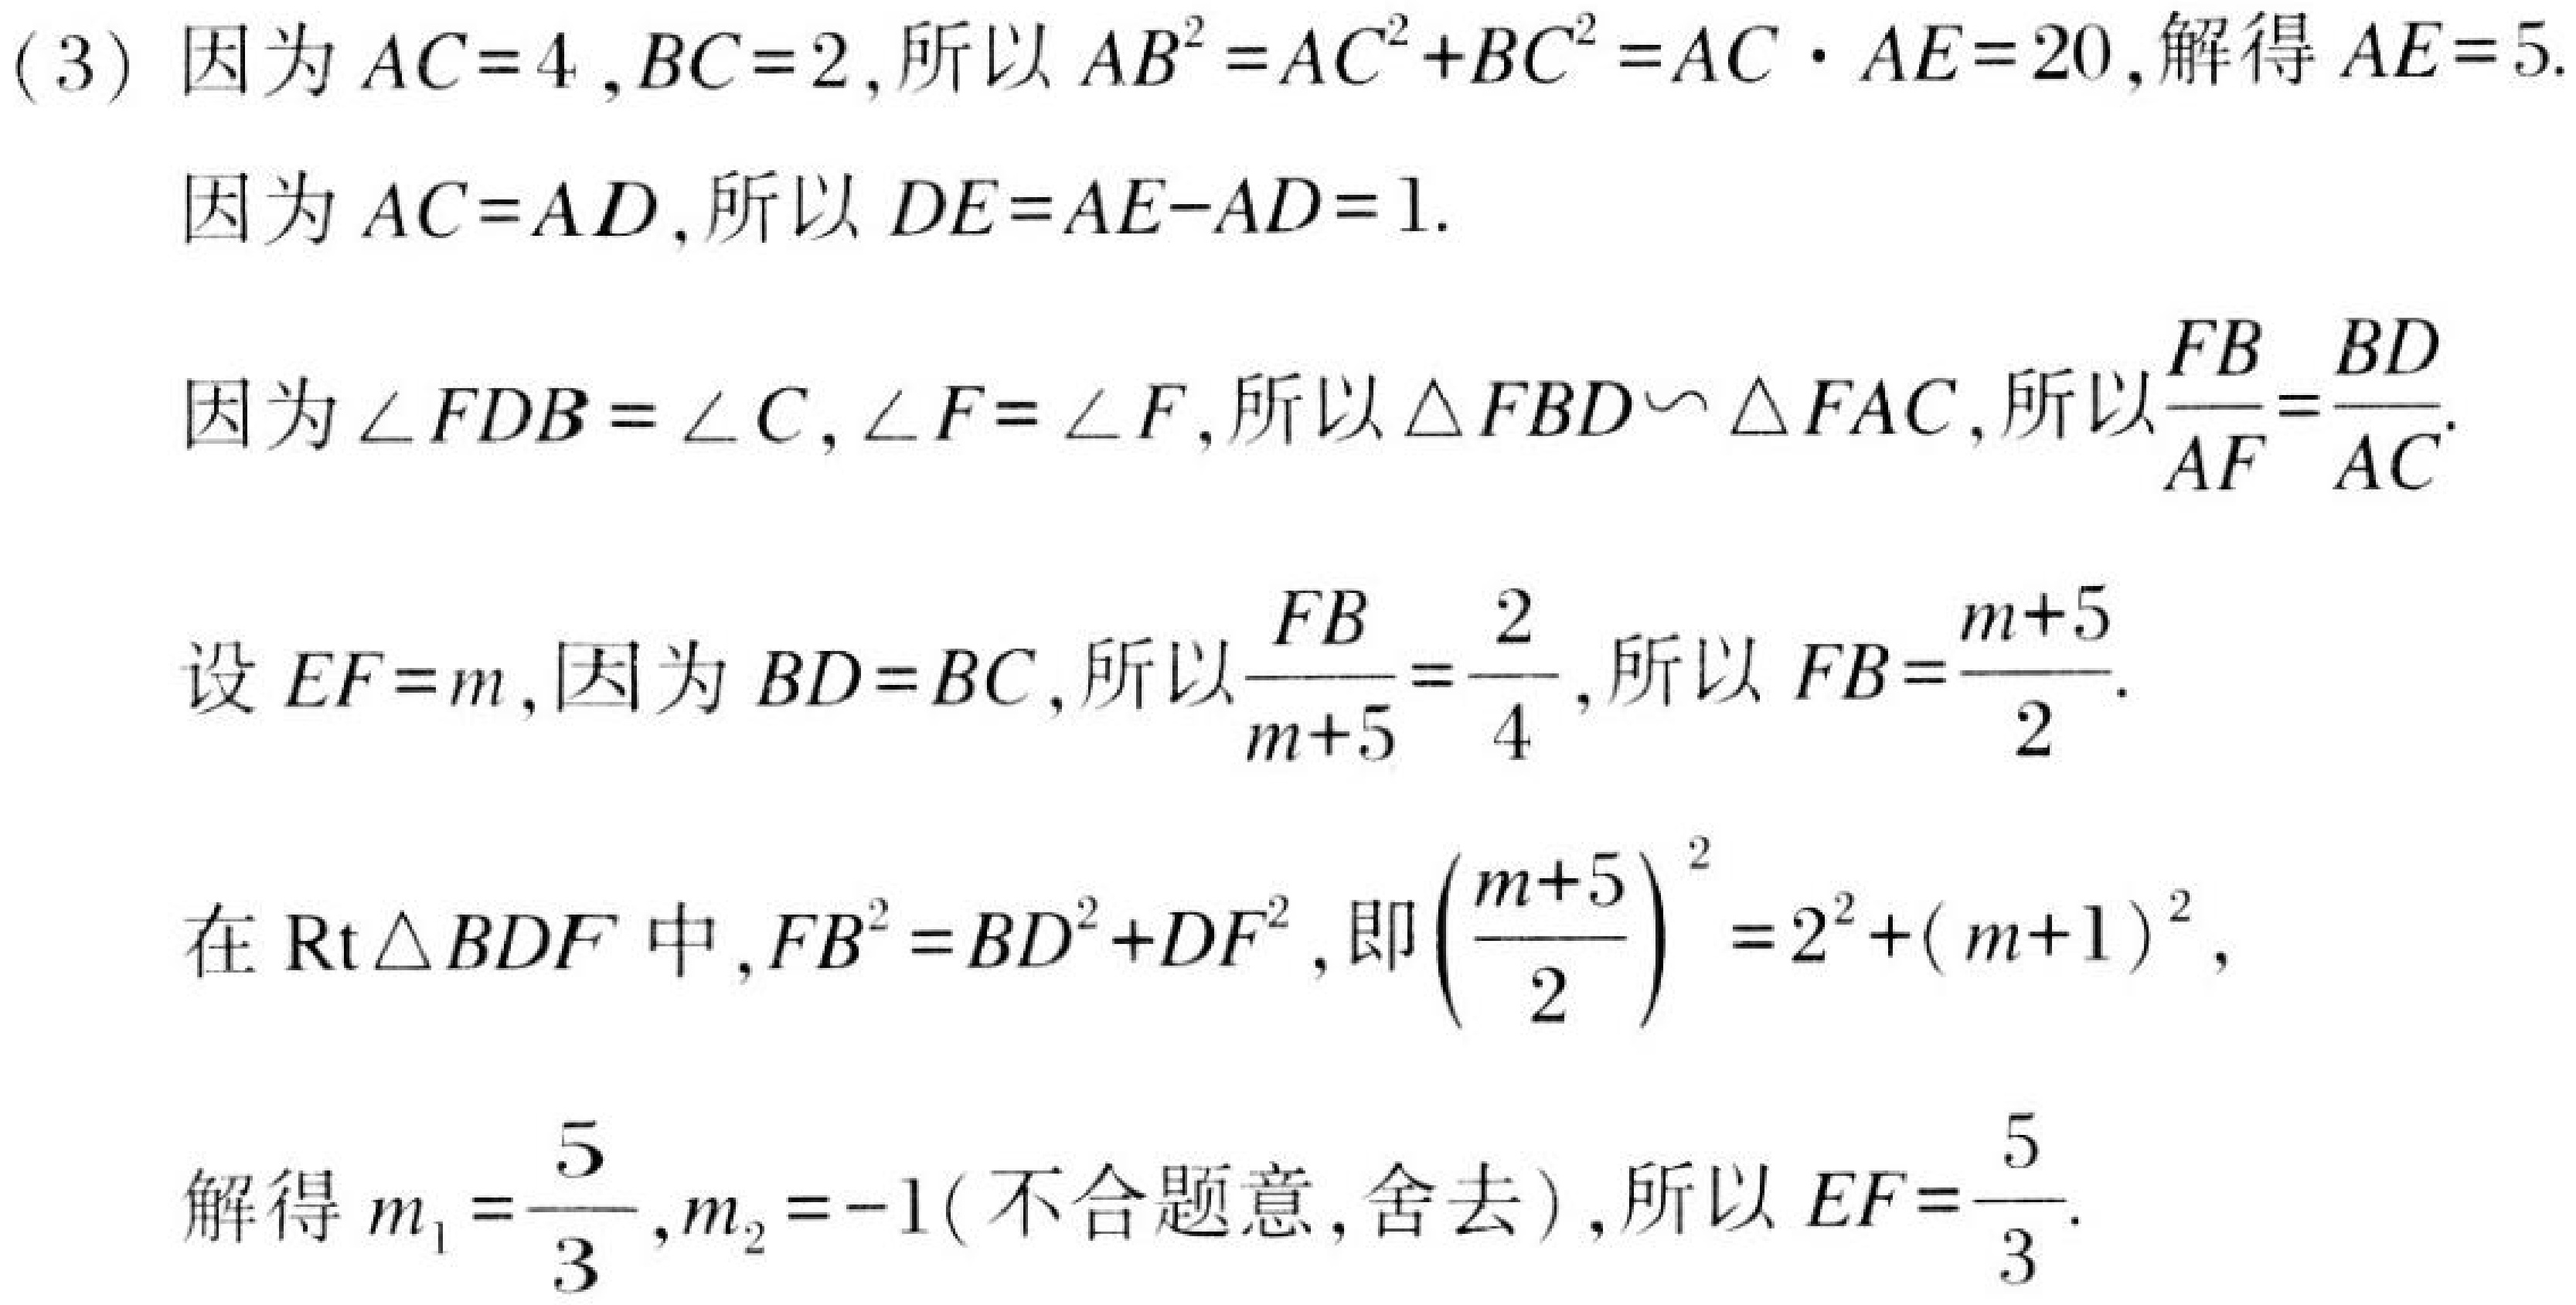
(3) 因为\(AC = 4\), \(BC = 2\), 所以 \(AB^{2}=AC^{2}+BC^{2}=AC\cdot AE = 20\), 解得 \(AE = 5\).
因为\(AC = AD\), 所以 \(DE=AE - AD = 1\).
因为\(\angle FDB=\angle C\), \(\angle F=\angle F\), 所以\(\triangle FBD\backsim\triangle FAC\), 所以\(\frac{FB}{AF}=\frac{BD}{AC}\).
设\(EF = m\), 因为\(BD = BC\), 所以\(\frac{FB}{m + 5}=\frac{2}{4}\), 所以 \(FB=\frac{m + 5}{2}\).
在\(\text{Rt}\triangle BDF\)中, \(FB^{2}=BD^{2}+DF^{2}\), 即\((\frac{m + 5}{2})^{2}=2^{2}+(m + 1)^{2}\),
解得 \(m_{1}=\frac{5}{3}\), \(m_{2}=-1\) ( 不合题意,舍去 ), 所以 \(EF=\frac{5}{3}\).